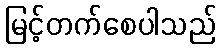
မြင့်တက်စေပါသည်